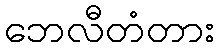
ဘေလီတံတား